Report on the working of the Ranchi Indian Mental Hospital, Kanke, in Bihar and Orissa - 1930-1940
Year: 1930
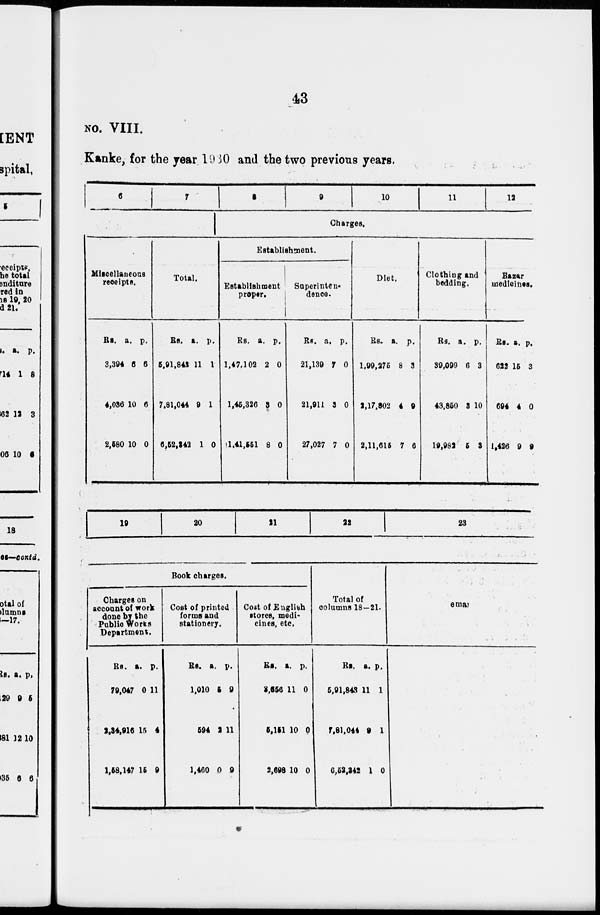
43
No. VIII.
Kanke, for the year 1930 and the two previous years.
6
7
Miscellaneous
receipts.
Rs.
3,394
4,036
2,580
a.
6
10
10
p.
6
6
0
Total.
Rs.
5,91,843
7,81,044
6,52,143
a.
11
9
1
p.
1
1
0
8
9
10
11
12
Charges.
Establishment.
Establishment
proper.
Rs.
1,47,102
1,45,326
1,41,551
a.
2
3
8
p.
0
0
0
Superinten-
dence.
Rs.
21,130
21,911
27,027
a.
7
3
7
p.
0
0
0
Diet.
Rs.
1,99,276
2,17,802
2,11,615
a.
8
4
7
p.
3
9
6
Clothing and
bedding.
Rs.
39,099
43,850
19,982
a.
6
3
6
p.
3
10
3
Bazar
medicines.
Rs.
622
694
1,426
a.
15
4
9
p.
3
0
9
19
20
21
22
23
Book charges.
Charges on
account of work
done by the
Public Works
Department.
Rs.
79,047
2,34,916
1,58,147
a.
0
15
15
p.
11
4
9
Cost of printed
forms and
stationery.
Rs.
1,010
594
1,460
a.
5
3
0
p.
9
11
9
Cost of English
stores, medi-
cines, etc.
Rs.
3,556
5,151
2,698
a.
11
10
10
p.
0
0
0
Total of
columns 18—21.
Rs.
5,91,843
7,81,044
6,52,342
a.
11
9
1
p.
1
1
0
Remark